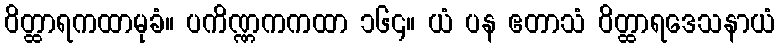
ဝိတ္ထာရကထာမုခံ။ ပကိဏ္ဏကကထာ ၁၆၄။ ယံ ပန ဧတာသံ ဝိတ္ထာရဒေသနာယံ